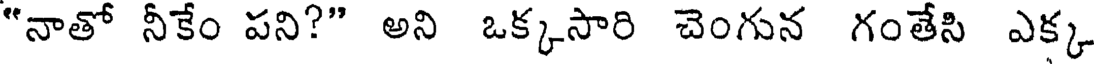
"నాతో నీకేం పని?" అని ఒక్కసారి చెంగున గంతేసి ఎక్క